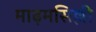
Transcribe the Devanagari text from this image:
माढ़मसिल्ली